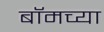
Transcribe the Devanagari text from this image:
बॉमच्या